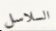
السلاسل